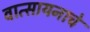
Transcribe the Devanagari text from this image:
वात्सायनाचे